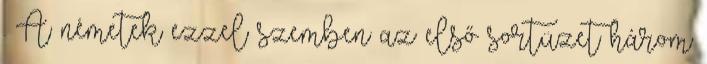
. A németek ezzel szemben az első sortüzet három